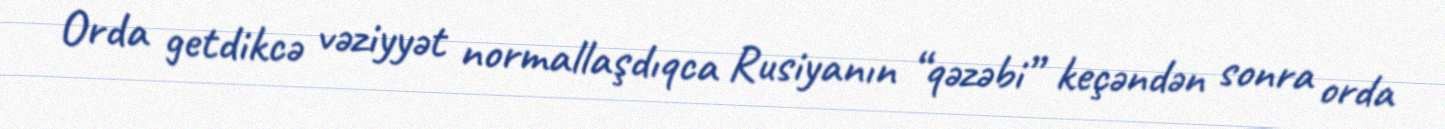
Orda getdikcə vəziyyət normallaşdıqca Rusiyanın “qəzəbi” keçəndən sonra orda